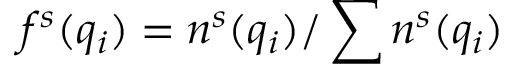
f ^ { s } ( q _ { i } ) = n ^ { s } ( q _ { i } ) / \sum n ^ { s } ( q _ { i } )